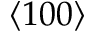
\left\langle 1 0 0 \right\rangle